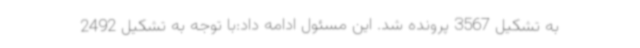
به تشکیل 3567 پرونده شد. این مسئول ادامه داد:با توجه به تشکیل 2492